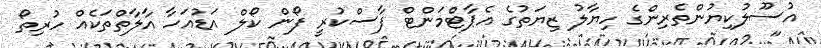
އުސޫލުކިޔުންތެރިންގެ ހިޔާލު ޒިޔަތުގެ އެޕާޓްމަންޓް ފާސްކުރީ ފޯން ކޯލް އަޑުއަހާ އާލާތްތަކެއް ހުރިތޯ